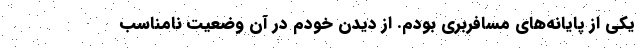
یکی از پایانه‌های مسافربری بودم. از دیدن خودم در آن وضعیت نامناسب